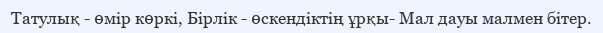
Татулық - өмір көркі, Бірлік - өскендіктің ұрқы- Мал дауы малмен бітер.